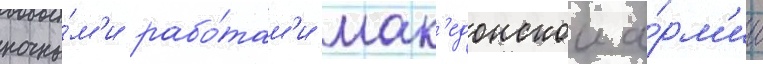
ночны́м'и рабо́там'и мак'едонскои а́рм'ии